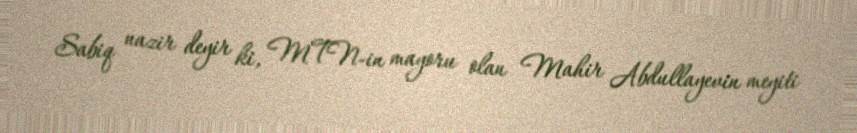
Sabiq nazir deyir ki, MTN-in mayoru olan Mahir Abdullayevin meyiti